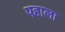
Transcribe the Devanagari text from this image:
पहाला